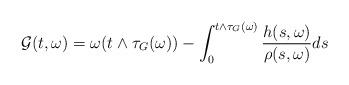
LaTeX: \begin{align*}\mathcal{G}(t,\omega)=\omega(t\wedge \tau_G(\omega))-\int^{t\wedge \tau_G(\omega)}_0 \frac{h(s,\omega)}{\rho(s,\omega)}ds\end{align*}